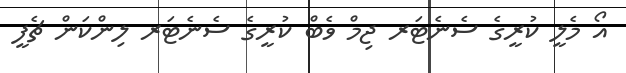
އޯ މެލީ ކުރީގެ ސެނެޓަރ ޖިމް ވެބް ކުރީގެ ސެނެޓަރ ލިންކަން ޗެފީ